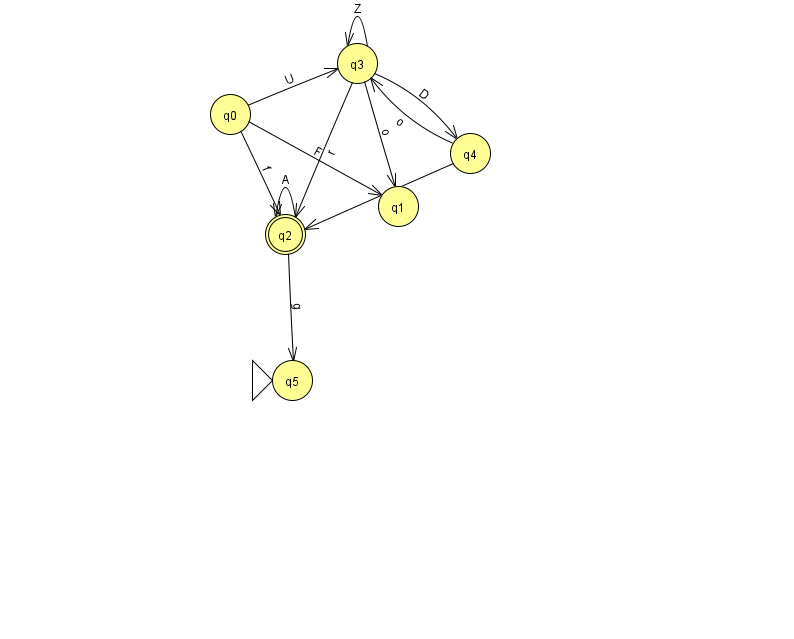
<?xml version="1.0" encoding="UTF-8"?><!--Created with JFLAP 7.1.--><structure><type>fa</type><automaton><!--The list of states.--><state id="0" name="q0"><x>230.0</x><y>101.0</y></state><state id="1" name="q1"><x>398.0</x><y>193.0</y></state><state id="2" name="q2"><x>285.0</x><y>221.0</y><final/></state><state id="3" name="q3"><x>357.0</x><y>50.0</y></state><state id="4" name="q4"><x>470.0</x><y>140.0</y></state><state id="5" name="q5"><x>292.0</x><y>367.0</y><initial/></state><!--The list of transitions.--><transition><from>3</from><to>1</to><read>o</read></transition><transition><from>3</from><to>2</to><read>r</read></transition><transition><from>2</from><to>2</to><read>A</read></transition><transition><from>2</from><to>5</to><read>g</read></transition><transition><from>4</from><to>3</to><read>o</read></transition><transition><from>0</from><to>3</to><read>U</read></transition><transition><from>0</from><to>2</to><read>f</read></transition><transition><from>4</from><to>2</to><read>y</read></transition><transition><from>0</from><to>1</to><read>F</read></transition><transition><from>3</from><to>4</to><read>D</read></transition><transition><from>3</from><to>3</to><read>Z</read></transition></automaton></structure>